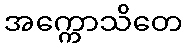
အက္ကောသိတေ